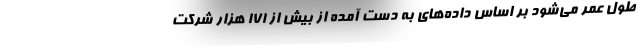
طول عمر می‌شود بر اساس داده‌های به دست آمده از بیش از ۱۷۱ هزار شرکت